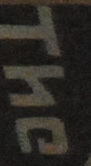
The